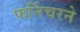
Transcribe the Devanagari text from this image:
फर्निचरने